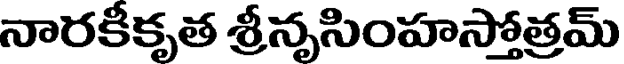
నారకీకృత శ్రీనృసింహస్తోత్రమ్